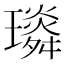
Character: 𤪏